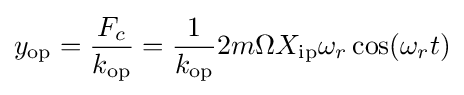
y_{\text{op}}={\frac {F_{c}}{k_{\text{op}}}}={\frac {1}{k_{\text{op}}}}2m\Omega X_{\text{ip}}\omega _{r}\cos(\omega _{r}t)